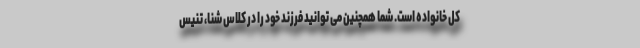
کل خانواده است. شما همچنین می توانید فرزند خود را در کلاس شنا، تنیس